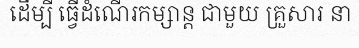
ដើម្បី ធ្វើដំណើរកម្សាន្ត ជាមួយ គ្រួសារ នា